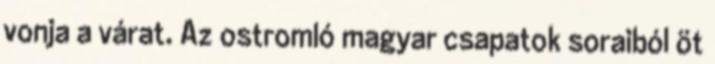
vonja a várat. Az ostromló magyar csapatok soraiból öt